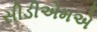
સીડીએમએ